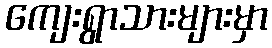
ကျေးရွာသားများမှာ